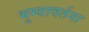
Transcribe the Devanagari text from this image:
भूम्यावर्तना